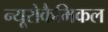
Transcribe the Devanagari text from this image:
न्यूरोकैमिकल